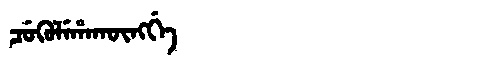
Manchu: ᠴᡠᡴᡠᠯᡝᡥᠠᡴᡡᠩᡤᡝ
Romanization: CUKULEHAKŪNGGE